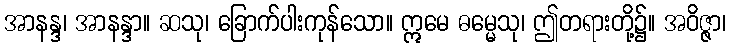
အာနန္ဒ၊ အာနန္ဒာ။ ဆသု၊ ခြောက်ပါးကုန်သော။ ဣမေ ဓမ္မေသု၊ ဤတရားတို့၌။ အဝိဇ္ဇာ၊